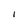
Character: I